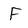
Character: F